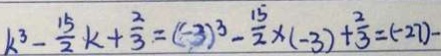
k ^ { 3 } - \frac { 1 5 } { 2 } k + \frac { 2 } { 3 } = ( - 3 ) ^ { 3 } - \frac { 1 5 } { 2 } \times ( - 3 ) + \frac { 2 } { 3 } = ( - 2 7 ) -